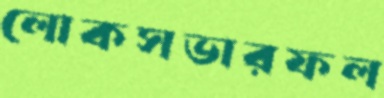
লোকসভারফল